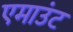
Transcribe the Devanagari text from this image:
एमाउंट